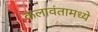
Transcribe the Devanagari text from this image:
कलावंतामध्ये